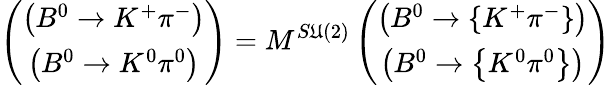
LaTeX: \left(\begin{array}{c}{{\left(B^{0}\rightarrow K^{+}\pi^{-}\right)}}\\ {{\left(B^{0}\rightarrow K^{0}\pi^{0}\right)}}\end{array}\right)=M^{S\mathfrak{U}(2)}\left(\begin{array}{c}{{\left(B^{0}\rightarrow\left\{ K^{+}\pi^{-}\right\} \right)}}\\ {{\left(B^{0}\rightarrow\left\{ K^{0}\pi^{0}\right\} \right)}}\end{array}\right)